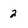
Character: 2